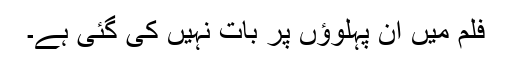
فلم میں ان پہلوؤں پر بات نہیں کی گئی ہے۔